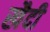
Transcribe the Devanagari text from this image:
खैदी